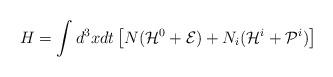
LaTeX: \begin{align*}H = \int d^{3}x dt \left[ N ( {\cal H}^{0} + {\cal E} )+ N_{i} ( {\cal H}^{i} + {\cal P}^{i} ) \right]\end{align*}